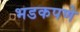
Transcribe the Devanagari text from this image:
भडकपणे